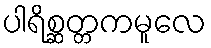
ပါရိစ္ဆတ္တကမူလေ